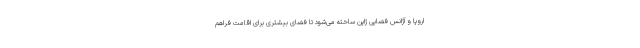
اروپا و آژانس فضایی ژاپن ساخته می‌شود تا فضای بیشتری برای اقامت فراهم